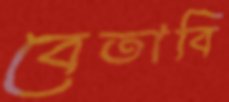
বেতাবি